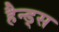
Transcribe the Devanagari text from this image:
हैन्ड्स